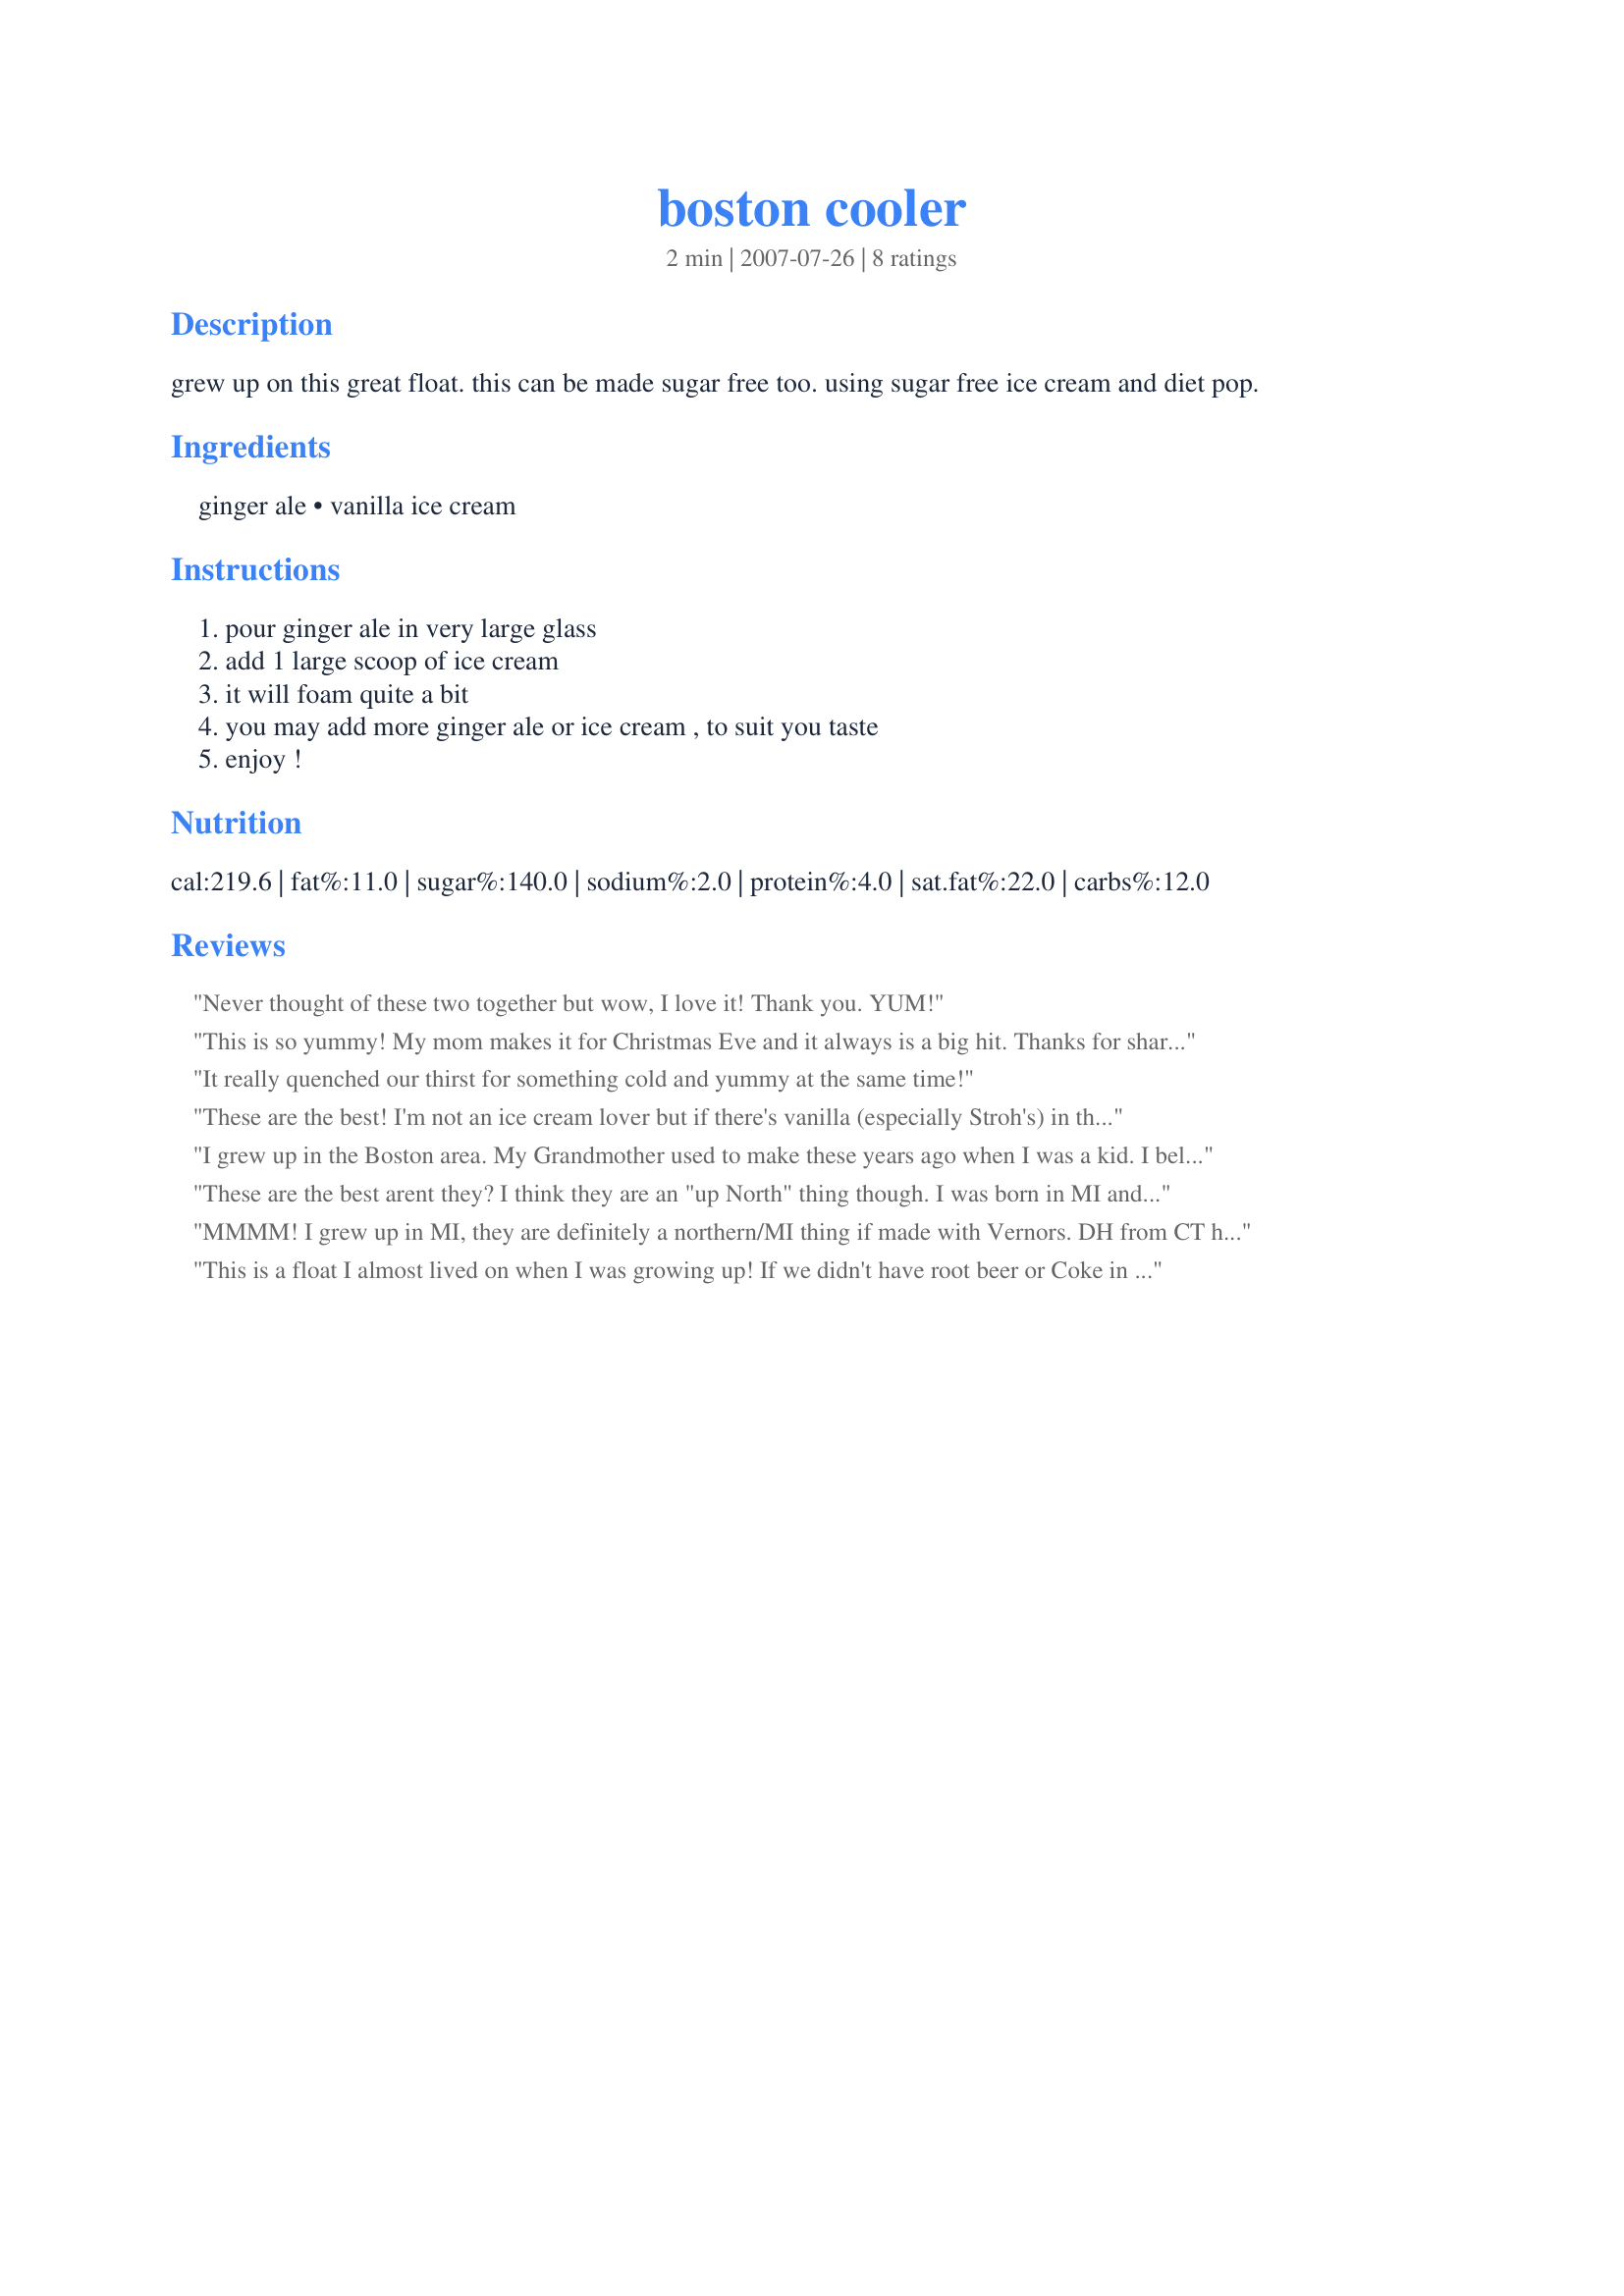
boston cooler
Preparation time: 2 minutes

grew up on this great float. this can be made sugar free too. using sugar free ice cream and diet pop.

Ingredients:
ginger ale, vanilla ice cream

Steps:
pour ginger ale in very large glass, add 1 large scoop of ice cream, it will foam quite a bit, you may add more ginger ale or ice cream , to suit you taste, enjoy !

Reviews:
Never thought of these two together but wow, I love it! Thank you. YUM!
This is so yummy! My mom makes it for Christmas Eve and it always is a big hit. Thanks for sharing.
It really quenched our thirst for something cold and yummy at the same time!
These are the best! I'm not an ice cream lover but if there's vanilla (especially Stroh's) in the freezer this is what I'm going to have. And throwing this in the blender is another fantastic way to enjoy this. If you can get your hands on Vernors this is the only way to go.
I grew up in the Boston area. My Grandmother used to make these years ago when I was a kid. I believe she used to use Canada Dry 'Golden' Gingerale. She called them Horse's Necks. I have no idea where that name came from lol
These are the best arent they? I think they are an "up North" thing though. I was born in MI and we moved to Maryland when I was about 10. Nobody here seemed to know what these are. My Aunt used to mix hers in the blender mmmmmmmmmmm they were so good! :D
MMMM! I grew up in MI, they are definitely a northern/MI thing if made with Vernors. DH from CT has never had one, that will change soon!
This is a float I almost lived on when I was growing up! If we didn't have root beer or Coke in the fridge, ginger ale was the next soda of choice! Thanks for posting this classic, Chef 000 : )
